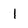
Character: I